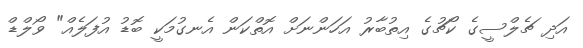
އަދި ޗެލްސީގެ ކޯޗުގެ އިތުބާރު އަހަންނަށް އޮތްކަން އެނގުމަކީ ބޮޑު އުފަލެއް" ވޯލްޑް